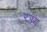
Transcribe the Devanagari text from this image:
रज्ज्य